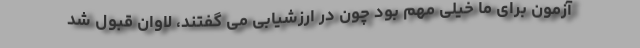
آزمون برای ما خیلی مهم بود چون در ارزشیابی می گفتند، لاوان قبول شد